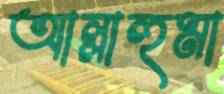
আল্লাহুমা